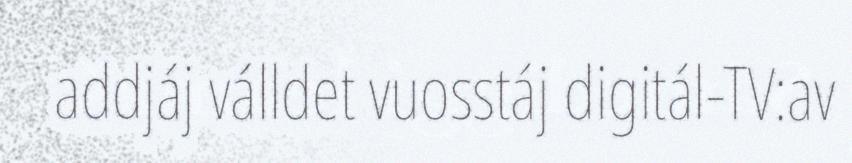
addjáj válldet vuosstáj digitál-TV:av